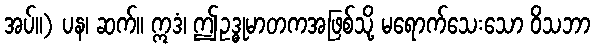
အပ်။) ပန၊ ဆက်။ ဣဒံ၊ ဤဥဒ္ဓုမာတကအဖြစ်သို့ မရောက်သေးသော ဝိသဘာ